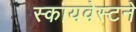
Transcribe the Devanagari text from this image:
स्कायवेस्टने